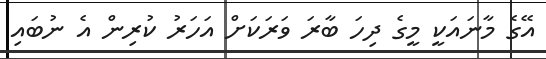
އޭގެ މާނައަކީ މީގެ ދިހަ ބާރަ ވަރަކަށް އަހަރު ކުރިން އެ ނުބައި